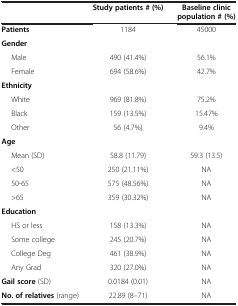
<table><thead><tr><td><b> </b></td><td><b>Study patients # (%)</b></td><td><b>Baseline clinic population # (%)</b></td></tr></thead><tbody><tr><td><b>Patients</b></td><td>1184</td><td>45000</td></tr><tr><td><b>Gender</b></td><td> </td><td> </td></tr><tr><td>Male</td><td>490 (41.4%)</td><td>56.1%</td></tr><tr><td>Female</td><td>694 (58.6%)</td><td>42.7%</td></tr><tr><td><b>Ethnicity</b></td><td> </td><td> </td></tr><tr><td>White</td><td>969 (81.8%)</td><td>75.2%</td></tr><tr><td>Black</td><td>159 (13.5%)</td><td>15.47%</td></tr><tr><td>Other</td><td>56 (4.7%)</td><td>9.4%</td></tr><tr><td><b>Age</b></td><td> </td><td> </td></tr><tr><td>Mean (SD)</td><td>58.8 (11.79)</td><td>59.3 (13.5)</td></tr><tr><td>&lt;50</td><td>250 (21.11%)</td><td>NA</td></tr><tr><td>50-65</td><td>575 (48.56%)</td><td>NA</td></tr><tr><td>&gt;65</td><td>359 (30.32%)</td><td>NA</td></tr><tr><td><b>Education</b></td><td> </td><td> </td></tr><tr><td>HS or less</td><td>158 (13.3%)</td><td>NA</td></tr><tr><td>Some college</td><td>245 (20.7%)</td><td>NA</td></tr><tr><td>College Deg</td><td>461 (38.9%)</td><td>NA</td></tr><tr><td>Any Grad</td><td>320 (27.0%)</td><td>NA</td></tr><tr><td><b>Gail score</b> (SD)</td><td>0.0184 (0.01)</td><td>NA</td></tr><tr><td><b>No. of relatives</b> (range)</td><td>22.89 (8–71)</td><td>NA</td></tr></tbody></table>